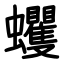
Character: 蠼